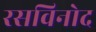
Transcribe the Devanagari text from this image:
रसविनोद